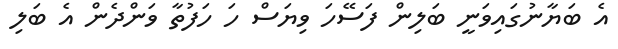
އެ ބަޔާނުގައިވަނީ ބަލިން ފަސޭހަ ވިޔަސް ހަ ހަފުތާ ވަންދެން އެ ބަލި